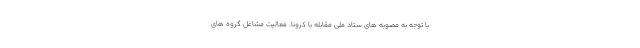
با توجه به مصوبه های ستاد ملی مقابله با کرونا، فعالیت مشاغل گروه های